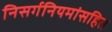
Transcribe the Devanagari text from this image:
निसर्गनियमांसहित